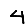
Digit: 4